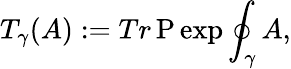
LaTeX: T_{\gamma}(A):=Tr\, \mathrm{P}\exp\oint_{\gamma}A,